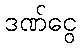
ဒဏ်ငွေ